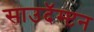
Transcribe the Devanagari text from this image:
साउदॅम्प्टन